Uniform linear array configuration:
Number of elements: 4
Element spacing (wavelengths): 0.25
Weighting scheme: cosine
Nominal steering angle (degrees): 60
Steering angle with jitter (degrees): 59.757
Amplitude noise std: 0.05
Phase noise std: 0.05

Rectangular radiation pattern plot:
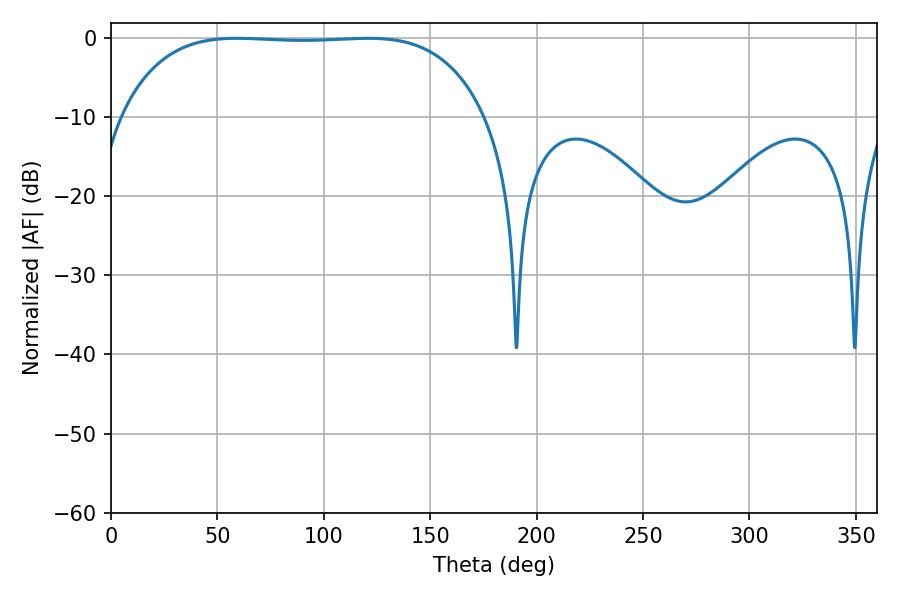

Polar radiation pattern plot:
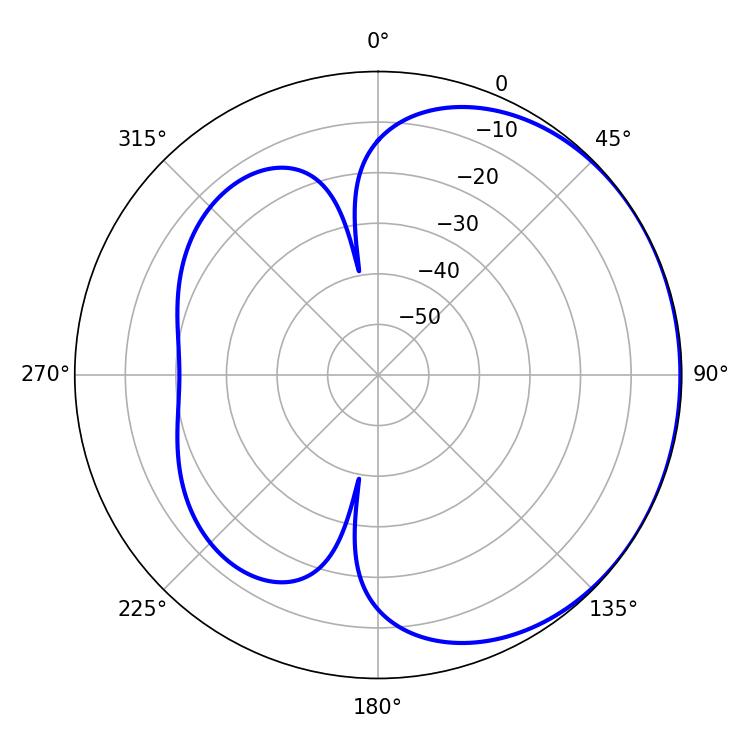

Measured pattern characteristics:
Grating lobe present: FALSE
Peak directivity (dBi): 0.7074
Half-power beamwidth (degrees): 133.92
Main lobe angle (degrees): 59.04